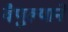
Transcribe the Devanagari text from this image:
वैपुल्याने